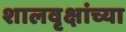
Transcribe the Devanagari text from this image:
शालवृक्षांच्या